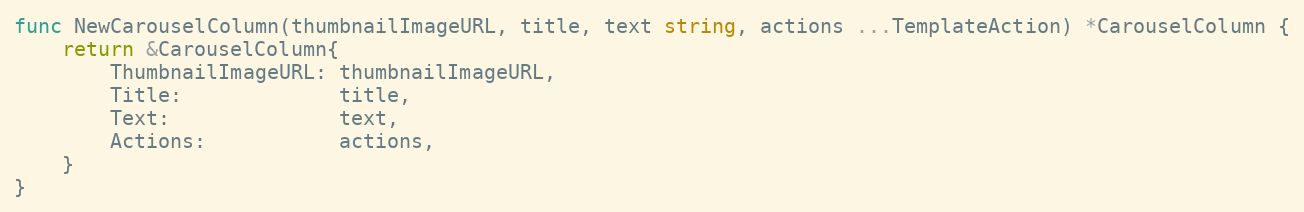
Language: Go
func NewCarouselColumn(thumbnailImageURL, title, text string, actions ...TemplateAction) *CarouselColumn {
	return &CarouselColumn{
		ThumbnailImageURL: thumbnailImageURL,
		Title:             title,
		Text:              text,
		Actions:           actions,
	}
}